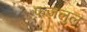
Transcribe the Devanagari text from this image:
फ़ज़लुल